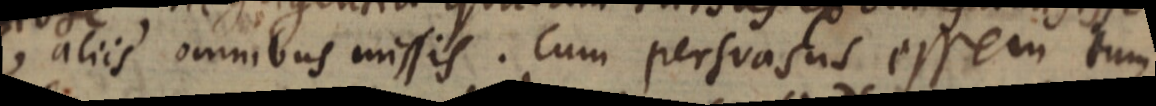
, aliis omnibus missis. Cum persuasus essem tum